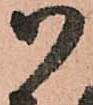
御